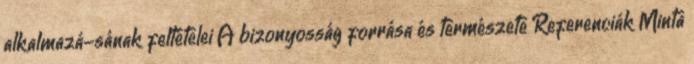
alkalmazá-sának feltételei A bizonyosság forrása és természete Referenciák Minta